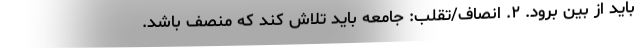
باید از بین برود. ۲. انصاف/تقلب: جامعه باید تلاش کند که منصف باشد.